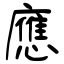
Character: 應